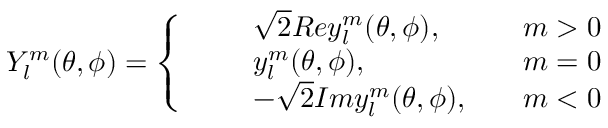
Y _ { l } ^ { m } ( \theta , \phi ) = \left\{ \begin{array} { r l r } { \quad } & { \sqrt { 2 } R e y _ { l } ^ { m } ( \theta , \phi ) , \quad } & { m > 0 } \\ { \quad } & { y _ { l } ^ { m } ( \theta , \phi ) , \quad } & { m = 0 } \\ { \quad } & { - \sqrt { 2 } I m y _ { l } ^ { m } ( \theta , \phi ) , \quad } & { m < 0 } \end{array} \right.